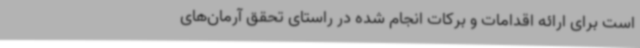
است برای ارائه اقدامات و برکات انجام شده در راستای تحقق آرمان‌های